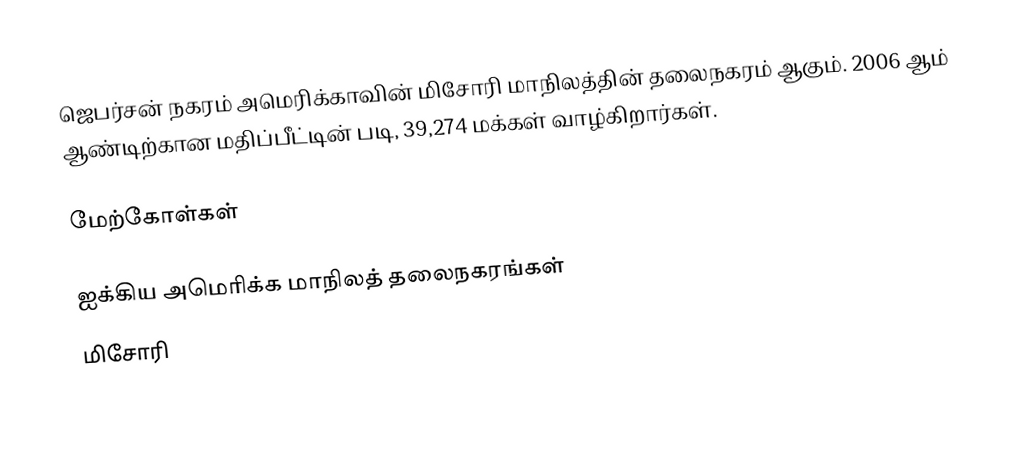
ஜெபர்சன் நகரம் அமெரிக்காவின் மிசோரி மாநிலத்தின் தலைநகரம் ஆகும். 2006 ஆம் ஆண்டிற்கான மதிப்பீட்டின் படி, 39,274 மக்கள் வாழ்கிறார்கள்.

மேற்கோள்கள்

ஐக்கிய அமெரிக்க மாநிலத் தலைநகரங்கள்
மிசோரி